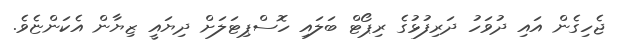
ޖެހިގެން އައި ދުވަހު ދަރިފުޅުގެ ރިޕޯޓް ބަލައި ހޮސްޕިޓަލަށް ދިޔައީ ޒިޔާން އެކަންޏެވެ.